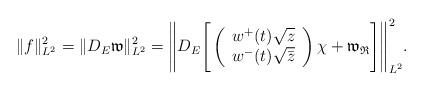
LaTeX: \begin{align*}\|f\|_{L^2}^2=\|D_E\mathfrak{w}\|_{L^2}^2=\Bigg\| D_E \Bigg[\left(\begin{array}{c}w^+(t)\sqrt{z}\\w^-(t)\sqrt{\bar{z}}\end{array}\right)\chi+\mathfrak{w}_{\mathfrak{R}}\Bigg] \Bigg\|_{L^2}^2.\end{align*}